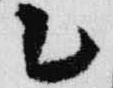
乙